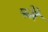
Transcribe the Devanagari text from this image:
फोरे